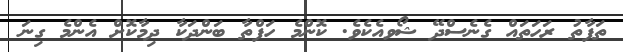
ތަފާތު ރަހަތައް ގެނެސްދޭ ޝޯވއެކެވެ. ކޮންމެ ހަފްތާ ބަންދަކާ ދިމާކޮށް އެންމެ ގިނަ